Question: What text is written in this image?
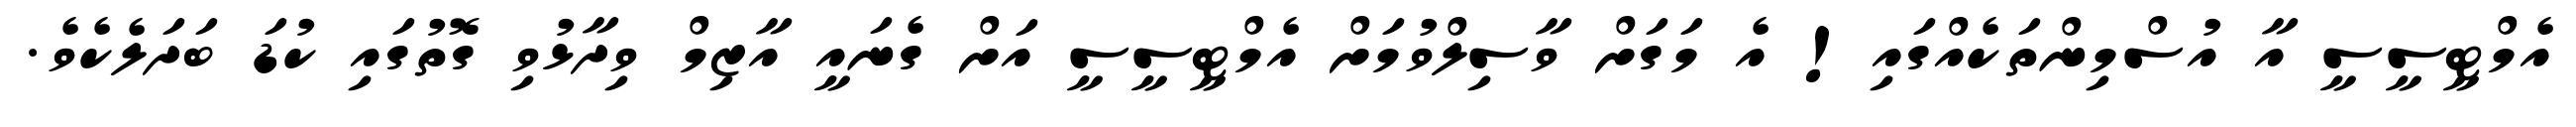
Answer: އެމްޓީސީސީ އާ އުސްމިންތަކެއްގައި! އެ މަގަށް ވާސިލްވުމަށް އެމްޓީސީސީ އަށް ގެނައީ އާޒިމް ވިދާޅުވި ގޮތުގައި ކުޑަ ބަދަލެކެވެ.